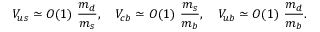
V _ { u s } \simeq O ( 1 ) \ \frac { m _ { d } } { m _ { s } } , \quad V _ { c b } \simeq O ( 1 ) \ \frac { m _ { s } } { m _ { b } } , \quad V _ { u b } \simeq O ( 1 ) \ \frac { m _ { d } } { m _ { b } } .